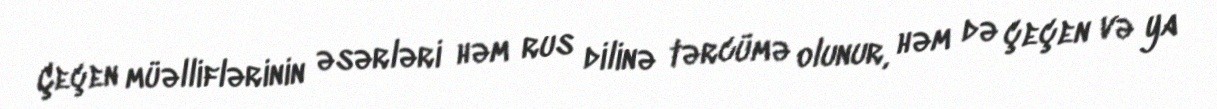
Çeçen müəlliflərinin əsərləri həm rus dilinə tərcümə olunur, həm də çeçen və ya